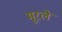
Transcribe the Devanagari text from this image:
मूरले